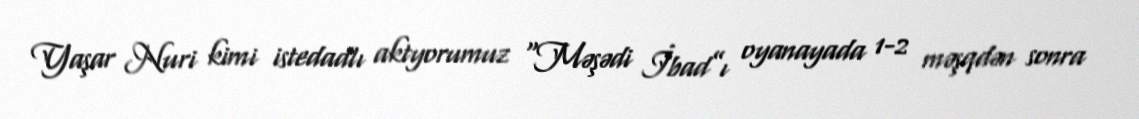
Yaşar Nuri kimi istedadlı aktyorumuz “Məşədi İbad”ı oyanayada 1-2 məşqdən sonra